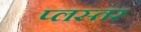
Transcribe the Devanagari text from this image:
प्लस्तर